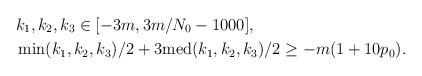
LaTeX: \begin{align*}& k_1,k_2,k_3\in [-3m, 3m/N_0 - 1000],\\& \min(k_1,k_2,k_3)/2 + 3\mathrm{med}(k_1,k_2,k_3)/2 \geq -m(1+10p_0).\end{align*}